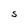
Character: S